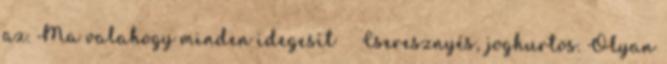
az. Ma valahogy minden idegesít 😲😲 Cseresznyés, joghurtos. Olyan